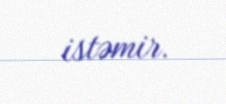
istəmir.